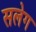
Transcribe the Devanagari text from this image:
सलेग